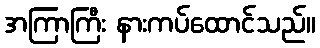
အကြာကြီး နားကပ်ထောင်သည်။